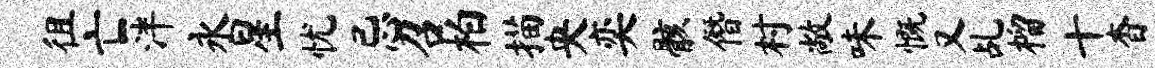
徂亡泮永星忧忌召柏描央奕骸僭村敞味慨又乩榴十杳